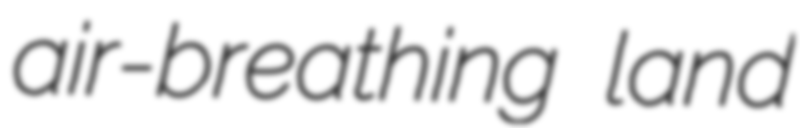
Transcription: air-breathing land